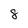
Character: 8